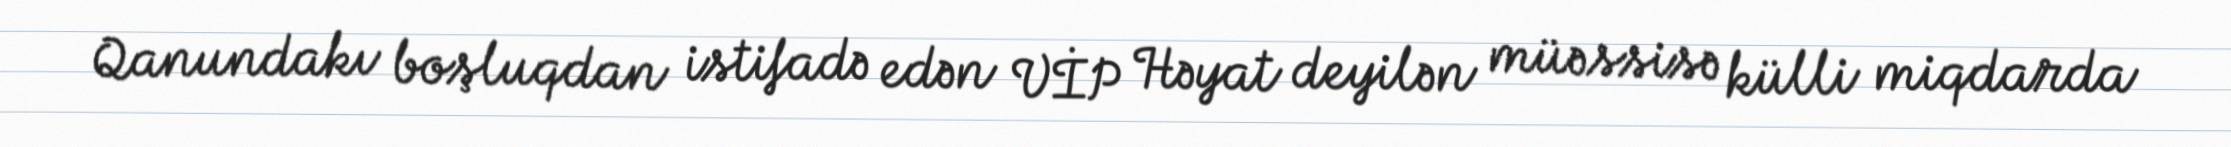
Qanundakı boşluqdan istifadə edən VİP Həyat deyilən müəssisə külli miqdarda